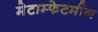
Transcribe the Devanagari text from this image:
मेटाम्फेटमीन